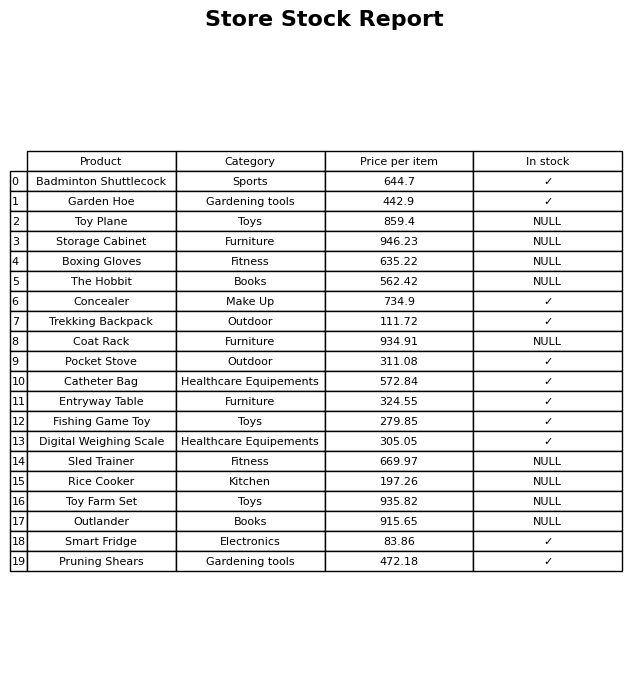
question: What is the stock status of the Badminton Shuttlecock?
answer: ✓